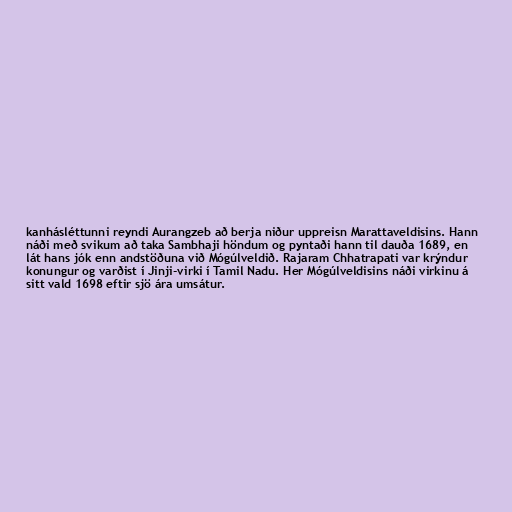
kanhásléttunni reyndi Aurangzeb að berja niður uppreisn Marattaveldisins. Hann
náði með svikum að taka Sambhaji höndum og pyntaði hann til dauða 1689, en
lát hans jók enn andstöðuna við Mógúlveldið. Rajaram Chhatrapati var krýndur
konungur og varðist í Jinji-virki í Tamil Nadu. Her Mógúlveldisins náði virkinu á
sitt vald 1698 eftir sjö ára umsátur.